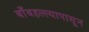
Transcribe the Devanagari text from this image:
बाँबहल्ल्यापासून